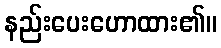
နည်းပေးဟောထား၏။